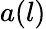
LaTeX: a(l)